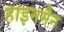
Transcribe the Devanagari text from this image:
हाइनमैन